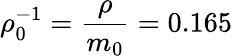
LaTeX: \rho_{0}^{-1}=\frac{\rho}{m_{0}}=0.165